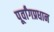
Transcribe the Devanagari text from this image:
पूर्वांगप्रधान